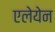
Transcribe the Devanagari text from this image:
एलेयेन